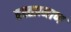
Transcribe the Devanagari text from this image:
हस्तप्रमाण